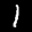
Label: 1